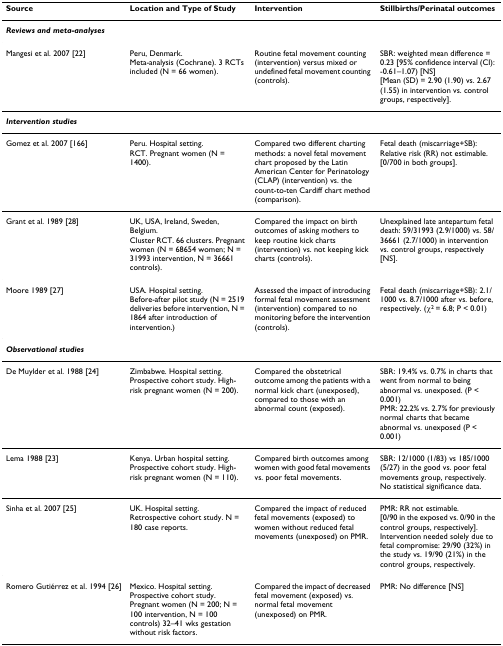
<table><thead><tr><td><b>Source</b></td><td><b>Location and Type of Study</b></td><td><b>Intervention</b></td><td><b>Stillbirths/Perinatal outcomes</b></td></tr></thead><tbody><tr><td colspan="4"><b><i>Reviews and meta-analyses</i></b></td></tr><tr><td>Mangesi et al. 2007 [22]</td><td>Peru, Denmark.Meta-analysis (Cochrane). 3 RCTs included (N = 66 women).</td><td>Routine fetal movement counting (intervention) versus mixed or undefined fetal movement counting (controls).</td><td>SBR: weighted mean difference = 0.23 [95% confidence interval (CI): -0.61–1.07) [NS][Mean (SD) = 2.90 (1.90) vs. 2.67 (1.55) in intervention vs. control groups, respectively].</td></tr><tr><td colspan="4"><b><i>Intervention studies</i></b></td></tr><tr><td>Gomez et al. 2007 [166]</td><td>Peru. Hospital setting.RCT. Pregnant women (N = 1400).</td><td>Compared two different charting methods: a novel fetal movement chart proposed by the Latin American Center for Perinatology (CLAP) (intervention) vs. the count-to-ten Cardiff chart method (comparison).</td><td>Fetal death (miscarriage+SB): Relative risk (RR) not estimable.[0/700 in both groups].</td></tr><tr><td>Grant et al. 1989 [28]</td><td>UK, USA, Ireland, Sweden, Belgium.Cluster RCT. 66 clusters. Pregnant women (N = 68654 women; N = 31993 intervention, N = 36661 controls).</td><td>Compared the impact on birth outcomes of asking mothers to keep routine kick charts (intervention) vs. not keeping kick charts (controls).</td><td>Unexplained late antepartum fetal death: 59/31993 (2.9/1000) vs. 58/36661 (2.7/1000) in intervention vs. control groups, respectively [NS].</td></tr><tr><td>Moore 1989 [27]</td><td>USA. Hospital setting.Before-after pilot study (N = 2519 deliveries before intervention, N = 1864 after introduction of intervention.)</td><td>Assessed the impact of introducing formal fetal movement assessment (intervention) compared to no monitoring before the intervention (controls).</td><td>Fetal death (miscarriage+SB): 2.1/1000 vs. 8.7/1000 after vs. before, respectively. (χ<sup>2 </sup>= 6.8; P &lt; 0.01)</td></tr><tr><td colspan="4"><b><i>Observational studies</i></b></td></tr><tr><td>De Muylder et al. 1988 [24]</td><td>Zimbabwe. Hospital setting.Prospective cohort study. High-risk pregnant women (N = 200).</td><td>Compared the obstetrical outcome among the patients with a normal kick chart (unexposed), compared to those with an abnormal count (exposed).</td><td>SBR: 19.4% vs. 0.7% in charts that went from normal to being abnormal vs. unexposed. (P &lt; 0.001)PMR: 22.2% vs. 2.7% for previously normal charts that became abnormal vs. unexposed (P &lt; 0.001)</td></tr><tr><td>Lema 1988 [23]</td><td>Kenya. Urban hospital setting.Prospective cohort study. High-risk pregnant women (N = 110).</td><td>Compared birth outcomes among women with good fetal movements vs. poor fetal movements.</td><td>SBR: 12/1000 (1/83) vs 185/1000 (5/27) in the good vs. poor fetal movements group, respectively. No statistical significance data.</td></tr><tr><td>Sinha et al. 2007 [25]</td><td>UK. Hospital setting.Retrospective cohort study. N = 180 case reports.</td><td>Compared the impact of reduced fetal movements (exposed) to women without reduced fetal movements (unexposed) on PMR.</td><td>PMR: RR not estimable.[0/90 in the exposed vs. 0/90 in the control groups, respectively].Intervention needed solely due to fetal compromise: 29/90 (32%) in the study vs. 19/90 (21%) in the control groups, respectively.</td></tr><tr><td>Romero Gutiérrez et al. 1994 [26]</td><td>Mexico. Hospital setting.Prospective cohort study. Pregnant women (N = 200; N = 100 intervention, N = 100 controls) 32–41 wks gestation without risk factors.</td><td>Compared the impact of decreased fetal movement (exposed) vs. normal fetal movement (unexposed) on PMR.</td><td>PMR: No difference [NS]</td></tr></tbody></table>